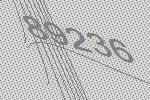
89236